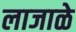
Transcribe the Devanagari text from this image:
लाजाळे